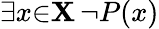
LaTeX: \exists{x}{\in}\mathbf{X}\, \lnot P(x)